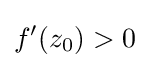
f'(z_{0})>0